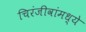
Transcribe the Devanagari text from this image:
चिरंजीवांमध्ये